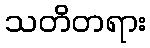
သတိတရား